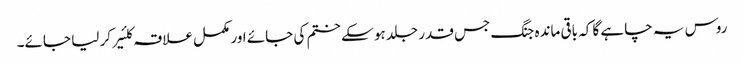
روس یہ چاہے گا کہ باقی ماندہ جنگ جس قدر جلد ہو سکے ختم کی جائے اور مکمل علاقہ کلئیر کر لیا جائے۔